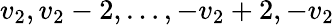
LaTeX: v_{2},v_{2}-2,\ldots,-v_{2}+2,-v_{2}